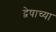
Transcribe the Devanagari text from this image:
द्वेषाच्या